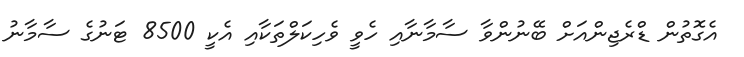
އެގޮތުން ޑްރެޖިންއަށް ބޭނުންވާ ސާމާނާއި ހެވީ ވެހިކަލްތަކާއި އެކީ 8500 ޓަނުގެ ސާމާނު